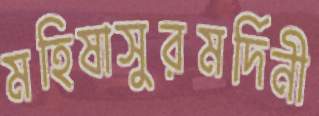
মহিষাসুরমর্দিনী